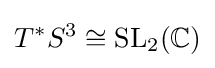
T^{*}S^{3}\cong \operatorname {SL} _{2}(\mathbb {C} )